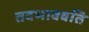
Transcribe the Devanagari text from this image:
तदभाववति